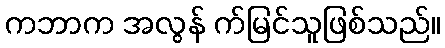
ကဘာက အလွန် က်မြင်သူဖြစ်သည်။